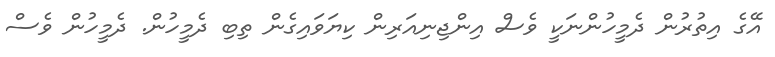
އޭގެ އިތުރުން ދެމީހުންނަކީ ވެސް އިންޖިނިއަރިން ކިޔަވައިގެން ތިބި ދެމީހުން. ދެމީހުން ވެސް